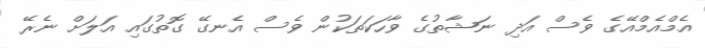
އެމްއެމްއޭގެ ވެސް އަދި ނަޝާތުގެ ވާހަކަތަކުން ވެސް އެނގޭ ގޮތުގައި އަލަށް ނެރޭ